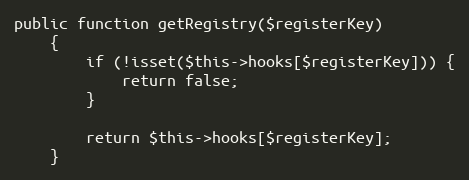
Language: PHP
public function getRegistry($registerKey)
    {
        if (!isset($this->hooks[$registerKey])) {
            return false;
        }

        return $this->hooks[$registerKey];
    }